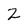
Character: 2